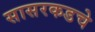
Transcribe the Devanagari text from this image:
सासरकडचे